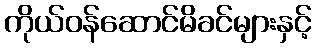
ကိုယ်ဝန်ဆောင်မိခင်များနှင့်